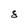
Character: 8